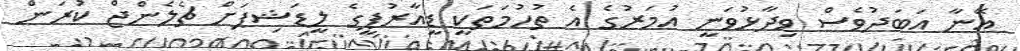
އޭނާ އަބަދުވެސް ވިދާޅުވަނީ އުމަރުގެ އެ ތުހުމަތަކީ ޑީއާރުޕީގެ ލީޑަޝިޕަށް ޗެލެންޖް ކުރަން